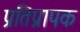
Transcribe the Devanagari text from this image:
प्रतिप्रापक